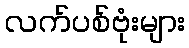
လက်ပစ်ဗုံးများ